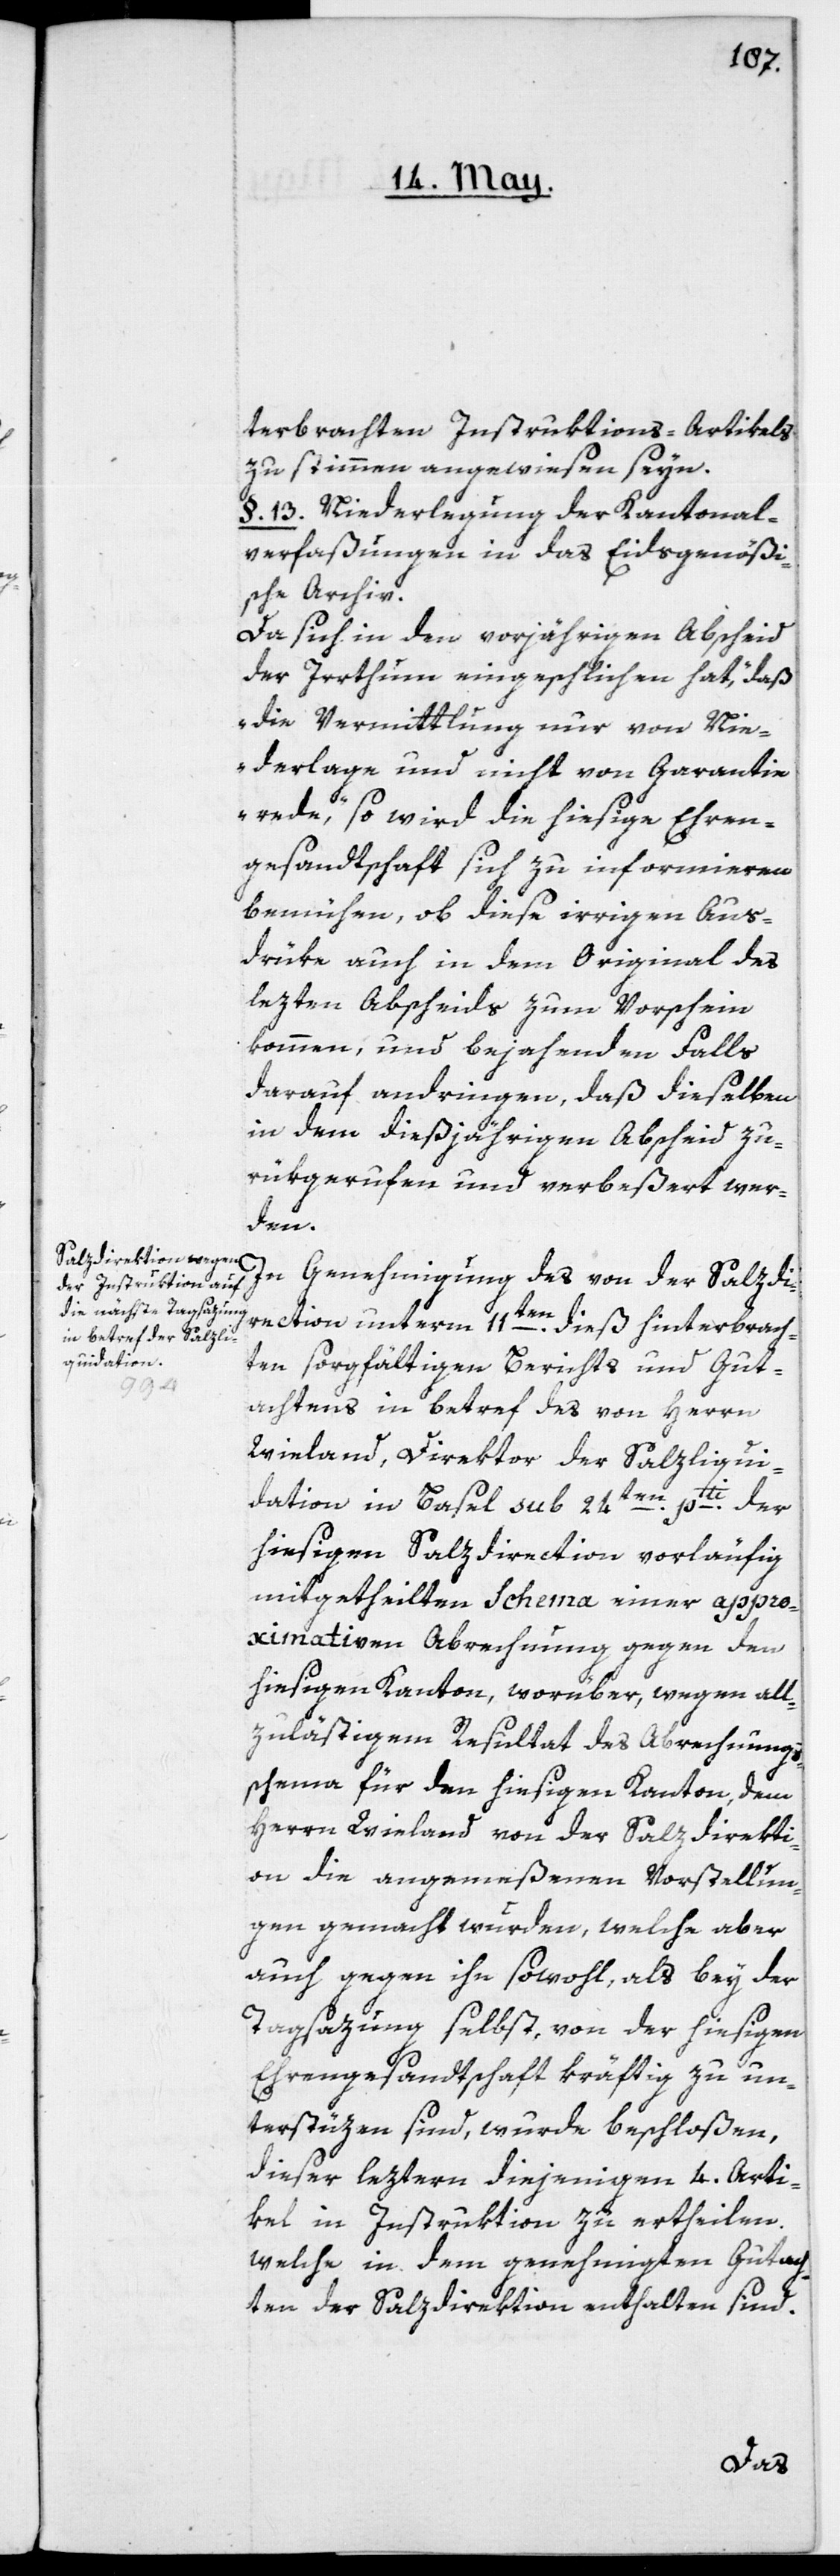
terbrachten Instruktions-Artikels
zu stimmen angewiesen seyn.
§. 13. Niederlegung der Kantonal¬
verfaßungen in das Eidsgenößi¬
sche Archiv.
Da sich in den vorjährigen Abscheid
der Irrthum eingeschlichen hat, „daß
die Vermittlung nur von Nie¬
derlage und nicht von Garantie
rede“, so wird die hiesige Ehren¬
gesandtschaft sich zu informieren
bemühen, ob diese irrigen Aus¬
drüke auch in dem Original des
lezten Abscheids zum Vorschein
kommen, und bejahenden Falls
darauf andringen, daß dieselben
in dem dießjährigen Abscheid zu¬
rükgerufen und verbeßert wer¬
den.
In Genehmigung des von der Salzdi¬
rektion unterm 11ten dieß hinterbrach¬
ten sorgfältigen Berichts und Gut¬
achtens in betref des von Herrn
Wieland, Direktor der Salzliqui¬
dation in Basel sub 24ten pti der
hiesigen Salzdirektion vorläufig
mitgetheilten Schema einer appro¬
ximativen Abrechnung gegen den
hiesigen Kanton, worüber wegen all¬
zulätigem Resultat des Abrechnungs¬
schema für den hiesigen Kanton, dem
Herrn Wieland von der Salzdirekti¬
on die angemeßenen Vorstellun¬
gen gemacht wurden, welche aber
auch gegen ihn sowohl, als bey der
Tagsazung selbst, von der hiesigen
Ehrengesandtschaft kräftig zu un¬
terstüzen sind, wurde beschloßen,
dieser leztern diejenigen 4. Arti¬
kel in Instruktion zu ertheilen,
welche in den genehmigten Gutach¬
ten der Salzdirektion enthalten sind.